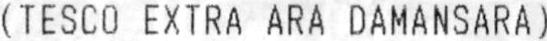
(TESCO EXTRA ARA DAMANSARA)